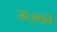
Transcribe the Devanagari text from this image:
२६०७२